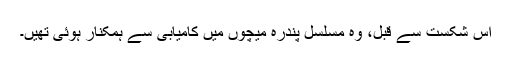
اس شکست سے قبل، وہ مسلسل پندرہ میچوں میں کامیابی سے ہمکنار ہوئی تھیں۔